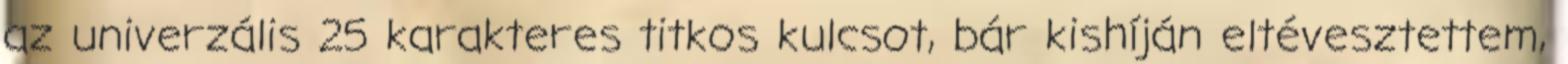
az univerzális 25 karakteres titkos kulcsot, bár kishíján eltévesztettem,